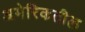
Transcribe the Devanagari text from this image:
अमेरिकतील